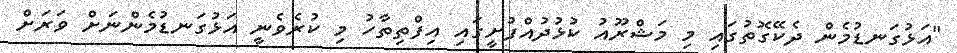
"އަޅުގަނޑުމެން ދެކޭގޮތުގައި މި މަޝްރޫއު ކުޅުދުއްފުށީގައި އިފްތިތާހު މި ކުރެވެނީ އަޅުގަނޑުމެންނަށް ވަރަށް